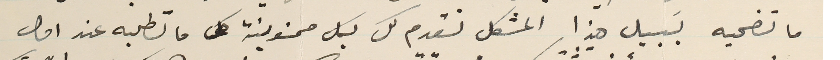
ما تضحيه بسَبيل هذا المشكل نقدم لك بكل ممنونية كل ما تطلبه عند اول